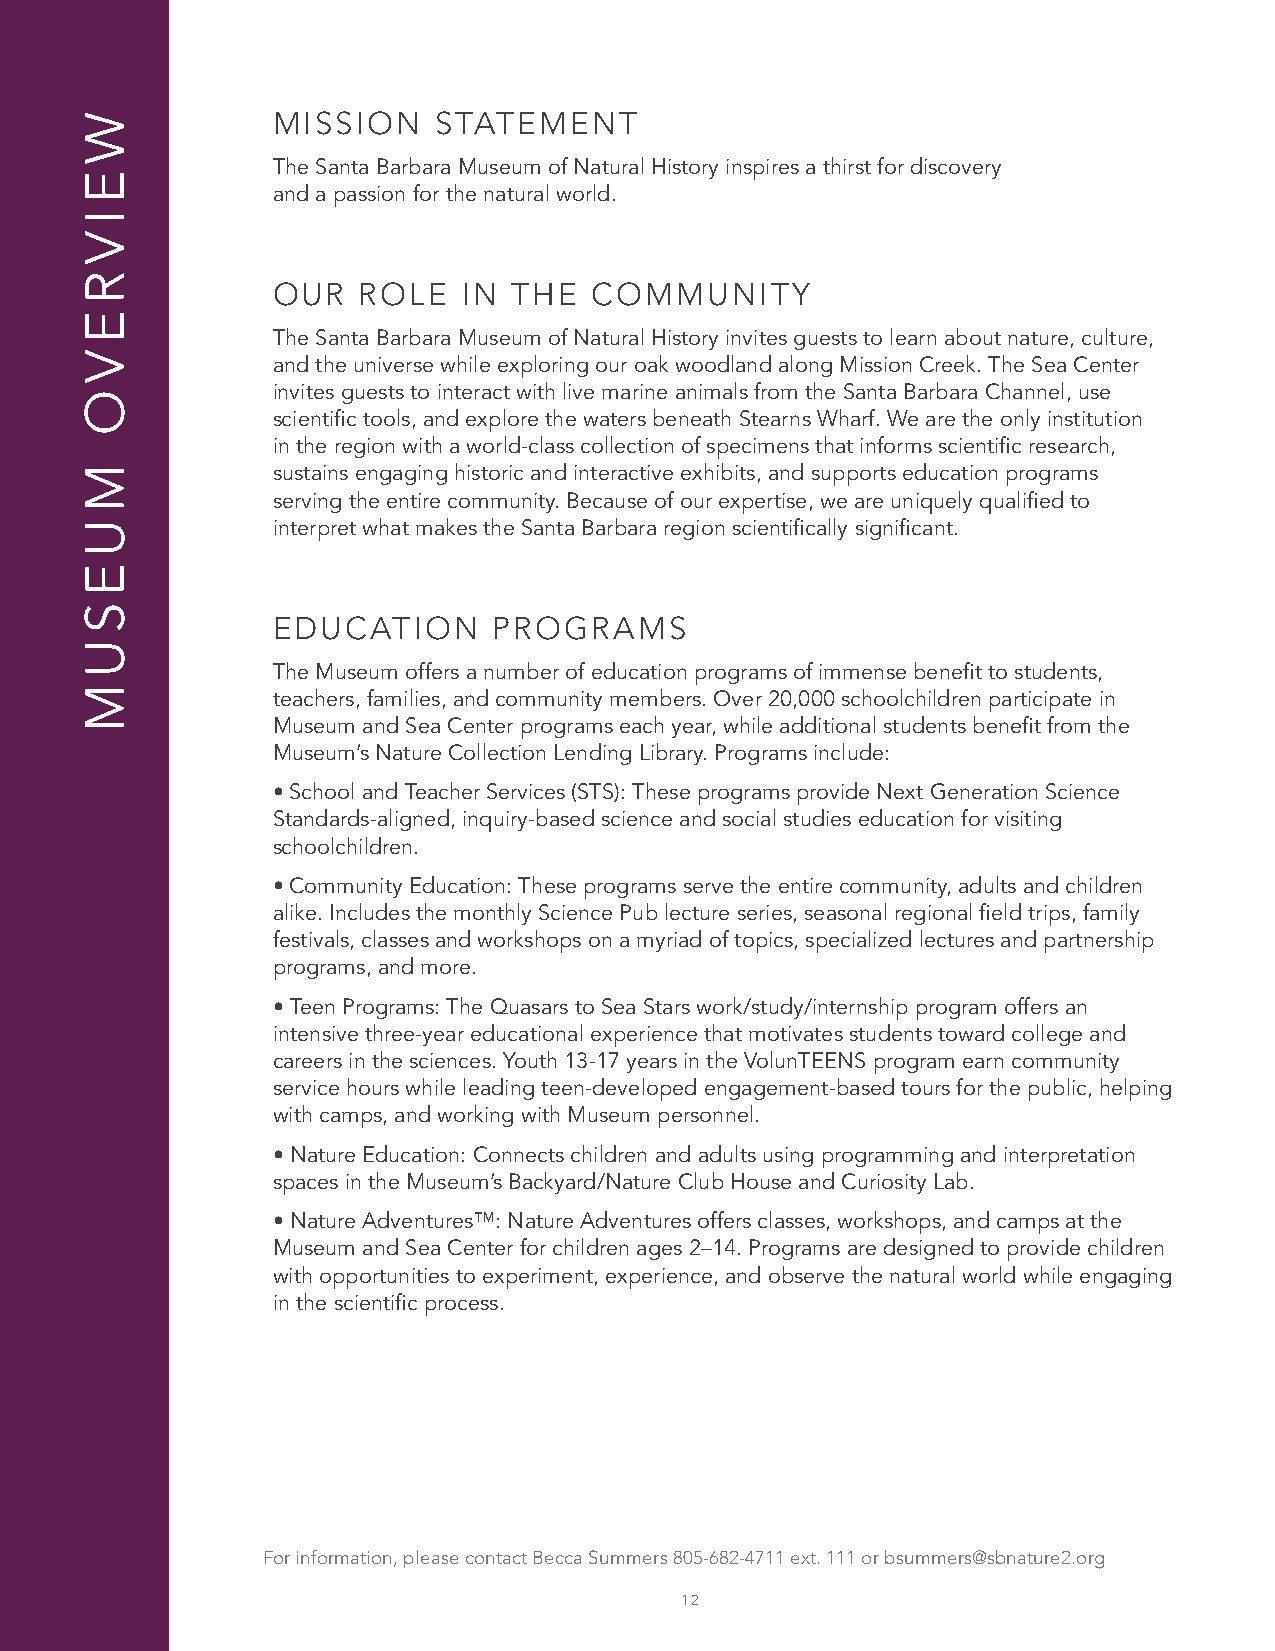
MISSION    STATEMENT
 The Santa Barbara Museum of Natural History inspires a thirst for discovery
 and a passion for the natural world.
 OUR   ROLE   IN THE  COMMUNITY
 The Santa Barbara Museum of Natural History invites guests to learn about nature, culture,
 and the universe while exploring our oak woodland along Mission Creek. The Sea Center
 invites guests to interact with live marine animals from the Santa Barbara Channel, use
 scientific tools, and explore the waters beneath Stearns Wharf. We are the only institution
 in the region with a world-class collection of specimens that informs scientific research,
 sustains engaging historic and interactive exhibits, and supports education programs
 serving the entire community. Because of our expertise, we are uniquely qualified to
 interpret what makes the Santa Barbara region scientifically significant.
 EDUCATION      PROGRAMS
 The Museum offers a number of education programs of immense benefit to students,
 teachers, families, and community members. Over 20,000 schoolchildren participate in
 Museum and Sea Center programs each year, while additional students benefit from the
 Museum’s Nature Collection Lending Library. Programs include:
 • School and Teacher Services (STS): These programs provide Next Generation Science
 Standards-aligned, inquiry-based science and social studies education for visiting
 schoolchildren.
 • Community Education: These programs serve the entire community, adults and children
 alike. Includes the monthly Science Pub lecture series, seasonal regional field trips, family
 festivals, classes and workshops on a myriad of topics, specialized lectures and partnership
 programs, and more.
 • Teen Programs: The Quasars to Sea Stars work/study/internship program offers an
 intensive three-year educational experience that motivates students toward college and
 careers in the sciences. Youth 13-17 years in the VolunTEENS program earn community
 service hours while leading teen-developed engagement-based tours for the public, helping
 with camps, and working with Museum personnel.
 • Nature Education: Connects children and adults using programming and interpretation
 spaces in the Museum’s Backyard/Nature Club House and Curiosity Lab.
 • Nature Adventures™: Nature Adventures offers classes, workshops, and camps at the
 Museum and Sea Center for children ages 2–14. Programs are designed to provide children
 with opportunities to experiment, experience, and observe the natural world while engaging
 in the scientific process.
 For information, please contact Becca Summers 805-682-4711 ext. 111 or bsummers@sbnature2.org
 12
 W
 E
 I
 V
 R
 E
 V
 O
 M
 U
 E
 S
 U
 M